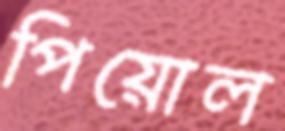
পিয়োল